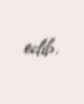
edib.